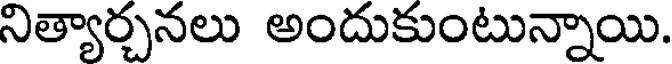
నిత్యార్చనలు అందుకుంటున్నాయి.